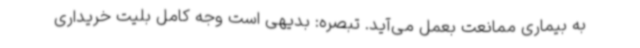
به بیماری ممانعت بعمل می‌آید. تبصره: بدیهی است وجه کامل بلیت خریداری